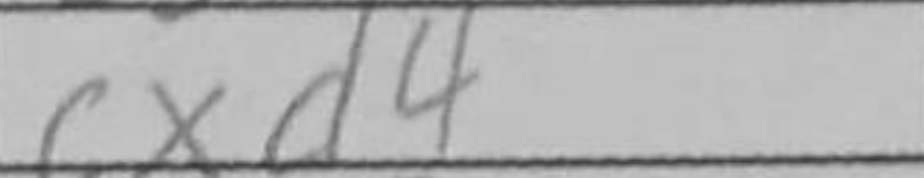
Transcription: cxd4